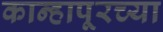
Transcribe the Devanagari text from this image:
कान्हापूरच्या